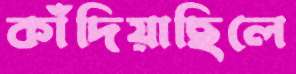
কাঁদিয়াছিলে